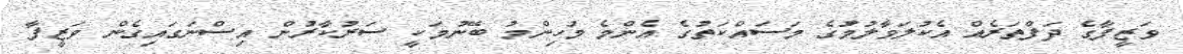
ވަޒީފާގެ ދަފްތަރެއް އެކުލަވާލުމުގެ މަސައްކަތުގެ އެންމެ މުހިންމު ބޭނުމަކީ ސަރުކާރުން އިސްނަގައިގެން ވަޒީފާ